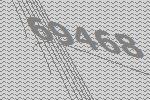
69468